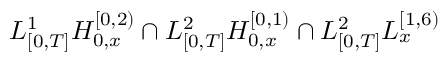
L _ { [ 0 , T ] } ^ { 1 } H _ { 0 , x } ^ { [ 0 , 2 ) } \cap L _ { [ 0 , T ] } ^ { 2 } H _ { 0 , x } ^ { [ 0 , 1 ) } \cap L _ { [ 0 , T ] } ^ { 2 } L _ { x } ^ { [ 1 , 6 ) }